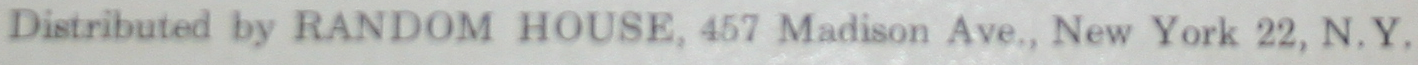
Distributed by RANDOM HOUSE, 457 Madison Ave., New York 22. N.Y.